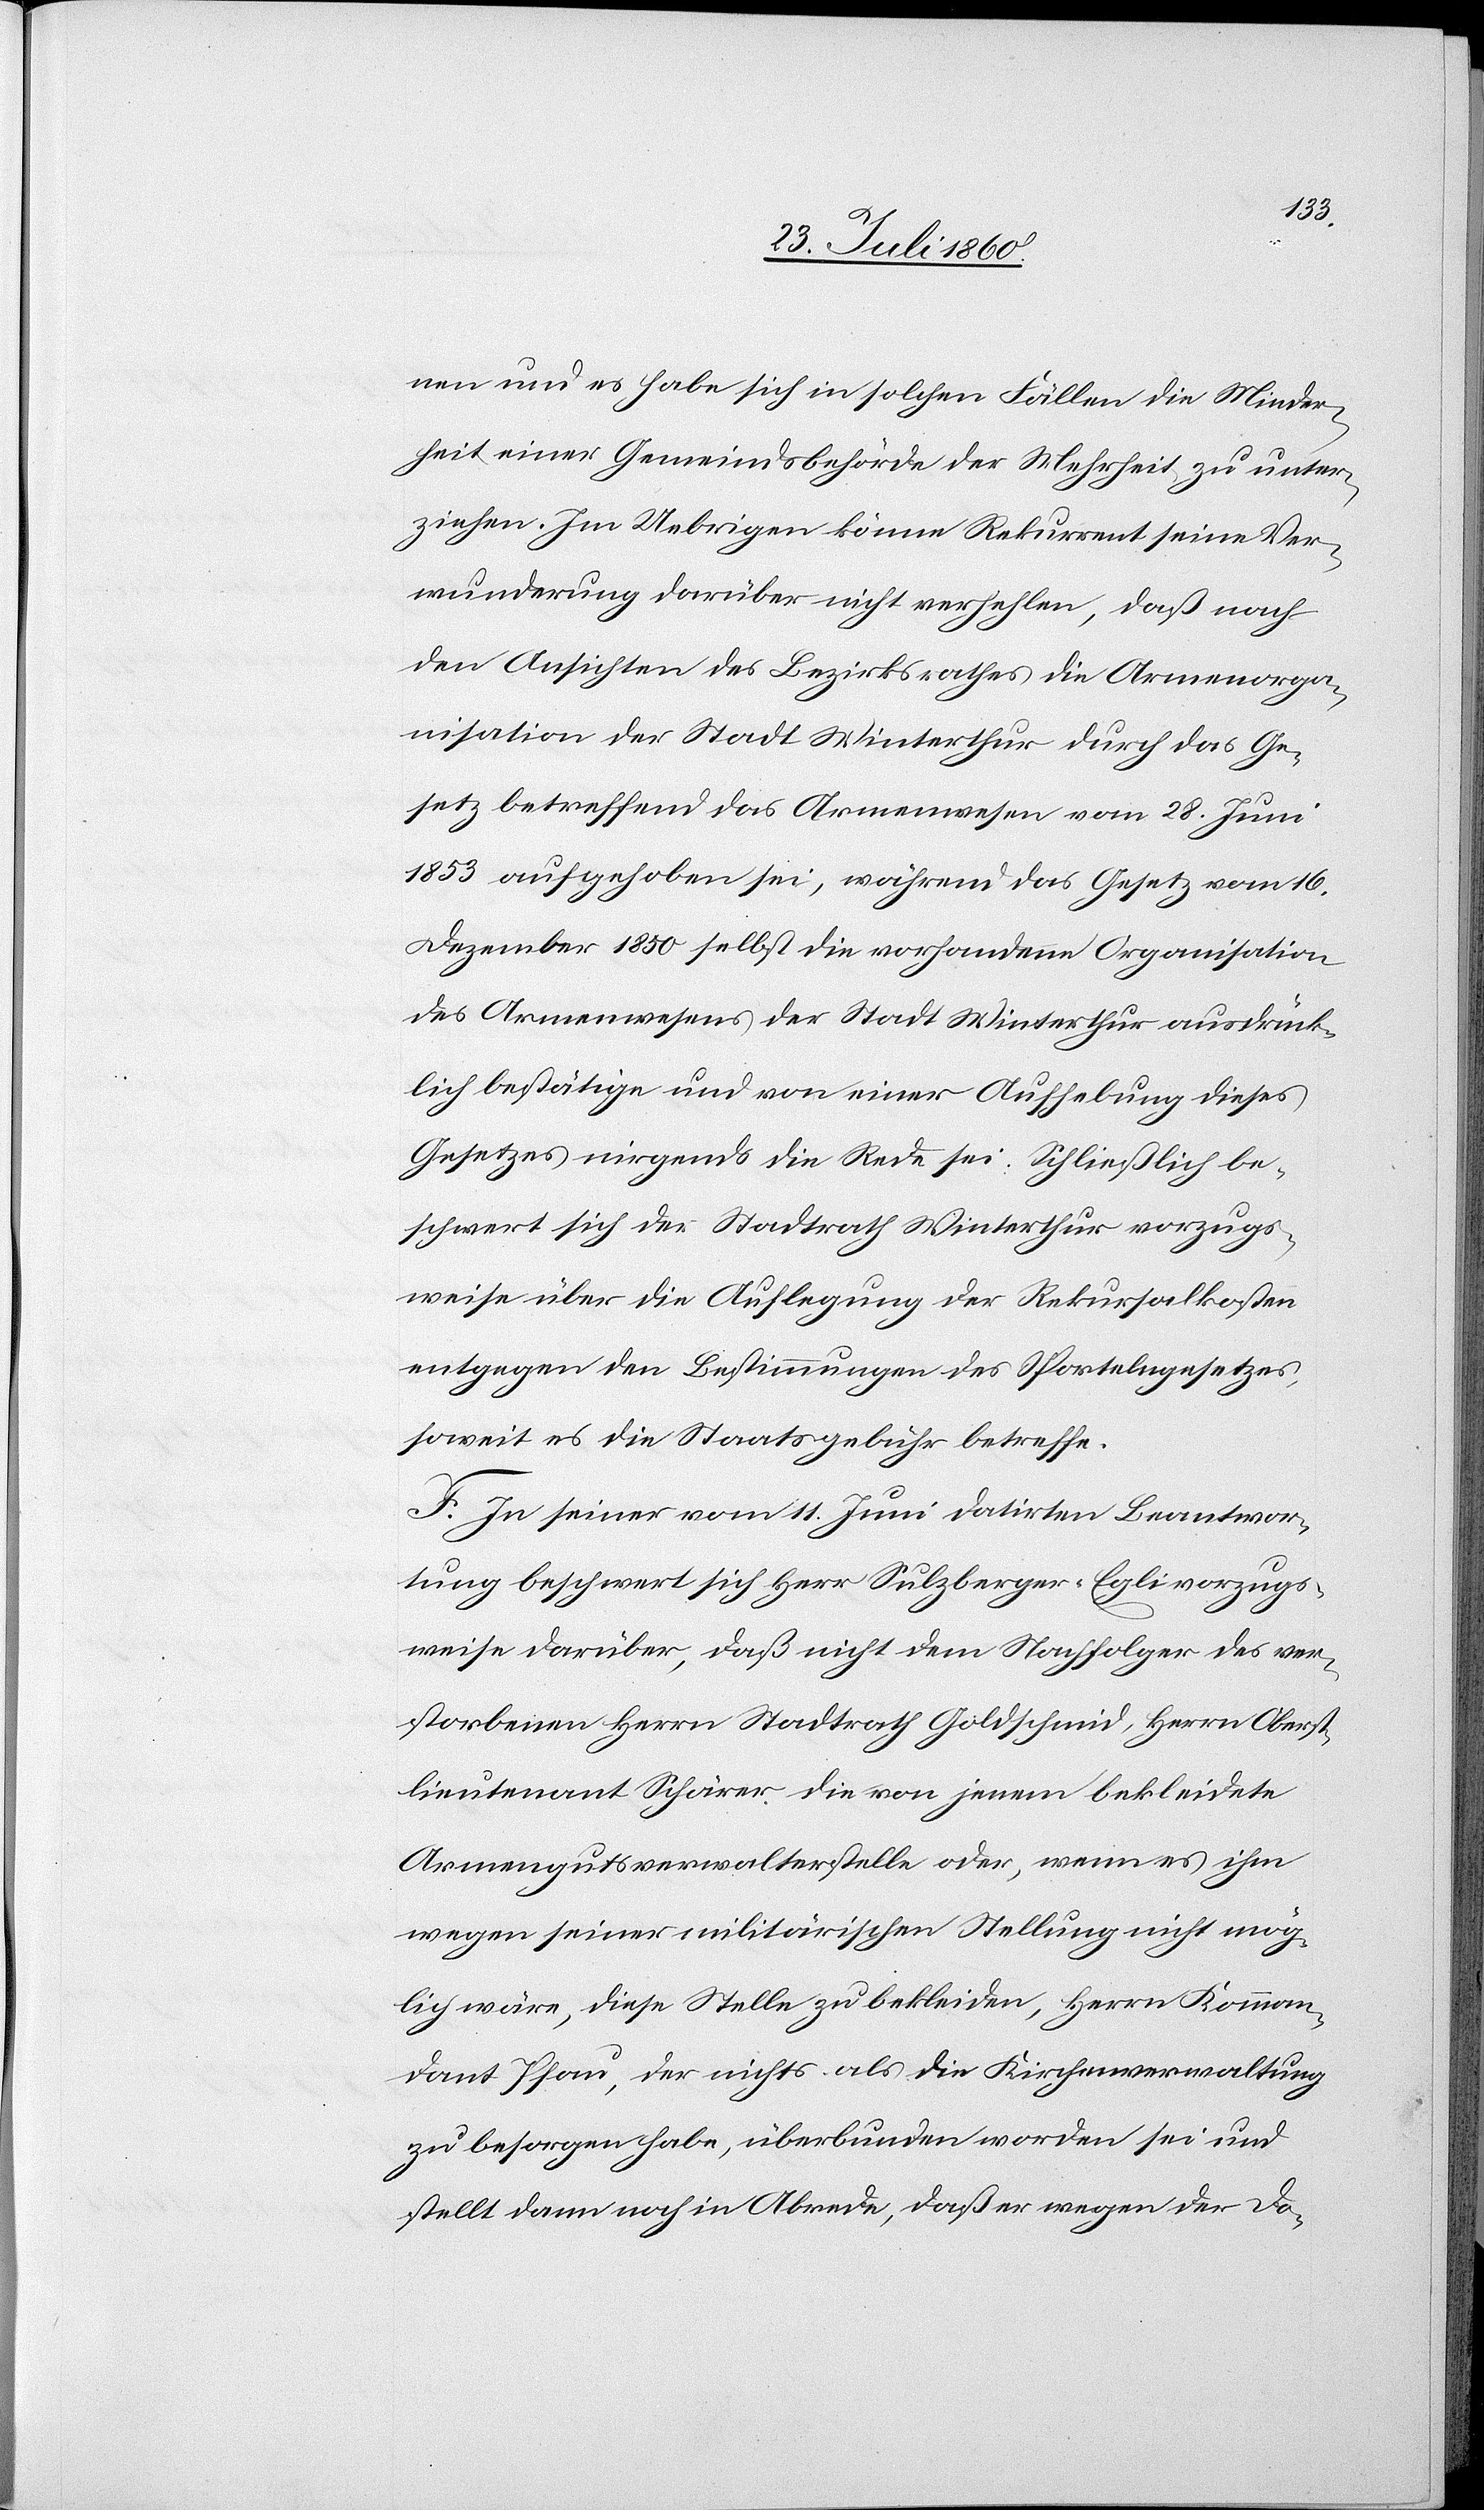
nen und es habe sich in solchen Fällen die Minder¬
heit einer Gemeindsbehörde der Mehrheit zu unter¬
ziehen. Im Uebrigen könne Rekurrent seine Ver¬
wunderung darüber nicht verhehlen, daß nach
den Ansichten des Bezirksrathes die Armenorga¬
nisation der Stadt Winterthur durch das Ge¬
setz betreffend das Armenwesen vom 28. Juni
1853 aufgehoben sei, während das Gesetz vom 16.
Dezember 1850 selbst die vorhandene Organisation
des Armenwesens der Stadt Winterthur ausdrück¬
lich bestätige und von einer Aufhebung dieses
Gesetzes nirgends die Rede sei. Schliesslich be¬
schwert sich der Stadtrath Winterthur vorzugs¬
weise über die Auflegung der Rekursalkosten
entgegen den Bestimmungen des Sportelngesetzes,
soweit es die Staatsgebühr betreffe.
F. In seiner vom 11. Juni datirten Beantwor¬
tung beschwert sich Herr Sulzberger-Egli vorzugs¬
weise darüber, dass nicht dem Nachfolger des ver¬
storbenen Herrn Stadtrath Goldschmid, Herrn Oberst¬
lieutenant Schärrer [sic!] die von jenem bekleidete
Armengutsverwalterstelle oder, wenn es ihm
wegen einer militärischen Stellung nicht mög¬
lich wäre, diese Stelle zu bekleiden, Herrn Komman¬
dant Pfau, der nichts als die Kirchenverwaltung
zu besorgen habe, überbunden worden sei und
stellt dann noch in Abrede, daß er wegen der Do-